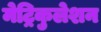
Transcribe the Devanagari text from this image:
मेट्रिकुलेशन